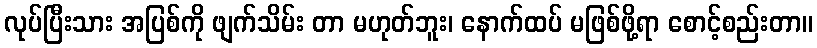
လုပ်ပြီးသား အပြစ်ကို ဖျက်သိမ်း တာ မဟုတ်ဘူး၊ နောက်ထပ် မဖြစ်ဖို့ရာ စောင့်စည်းတာ။